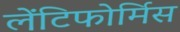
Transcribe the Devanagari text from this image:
लेंटिफोर्मिस